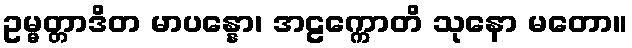
ဥမ္မတ္တာဒိတ မာပန္နော၊ အဠက္ကောတိ သုနော မတော။